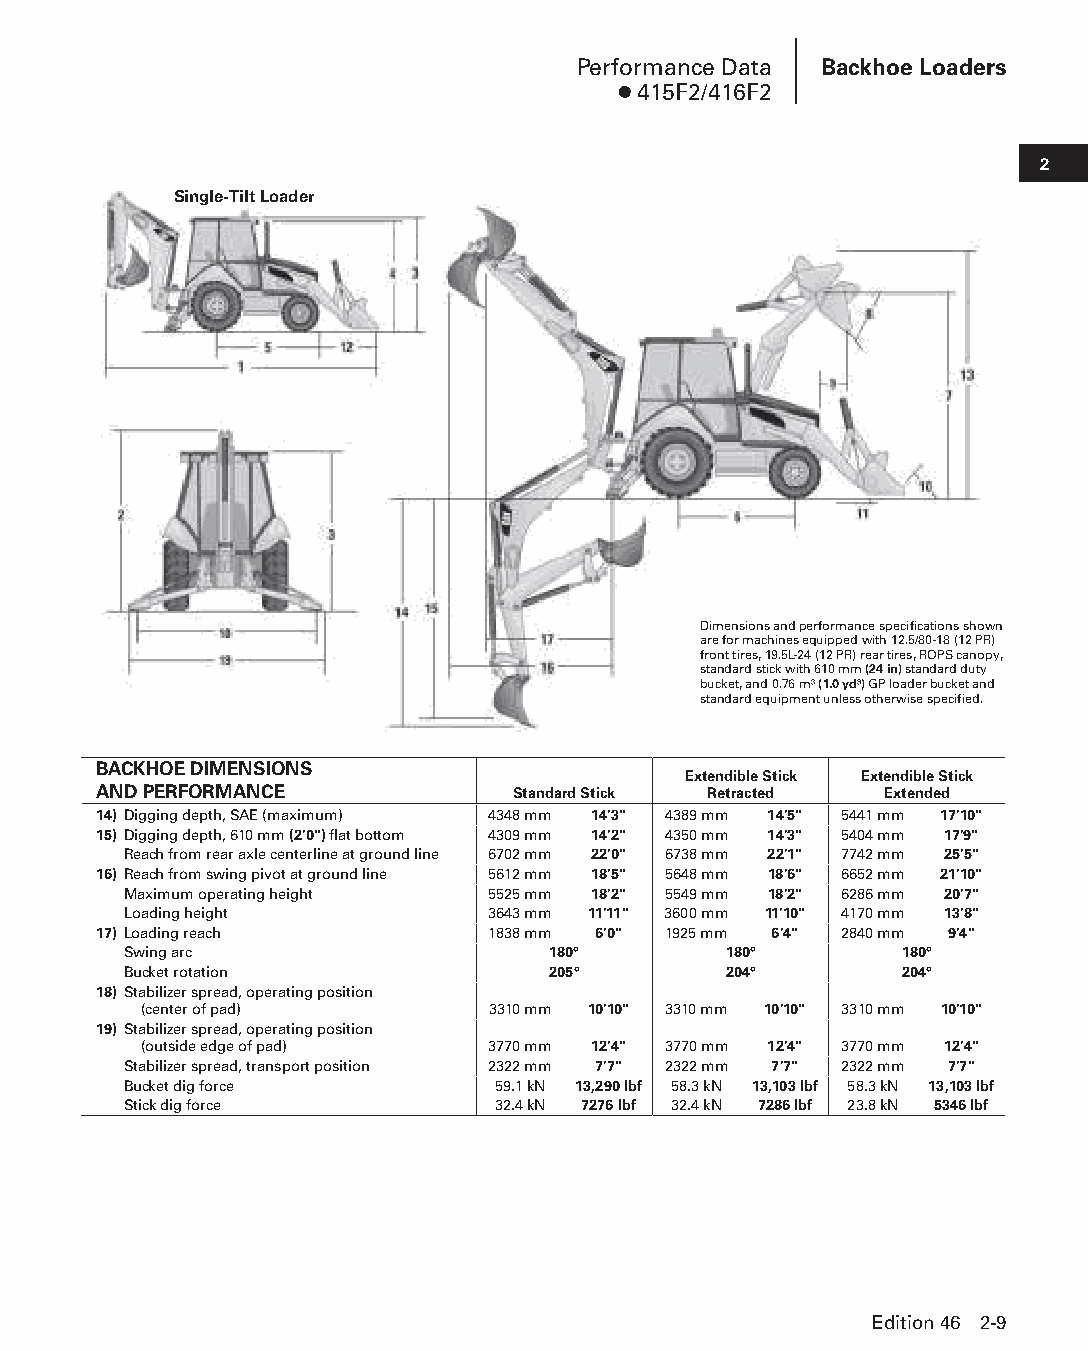
Performance Data Backhoe Loaders
 ● 415F2/416F2
 2
 Single-Tilt Loader
 Dimensions and performance specifications shown
 are for machines equipped with 12.5/80-18 (12 PR)
 front tires, 19.5L-24 (12 PR) rear tires, ROPS canopy,
 standard stick with 610 mm (24 in) standard duty
 bucket, and 0.76 m3 (1.0 yd3) GP loader bucket and
 standard equipment unless otherwise specified.
 BACKHOE DIMENSIONS
 Extendible Stick Extendible Stick
 AND PERFORMANCE            Standard Stick Retracted Extended
 14) Digging depth, SAE (maximum) 4348 mm 14'3" 4389 mm 14'5" 5441 mm 17'10"
 15) Digging depth, 610 mm (2'0") flat bottom 4309 mm 14'2" 4350 mm 14'3" 5404 mm 17'9"
 Reach from rear axle centerline at ground line 6702 mm 22'0" 6738 mm 22'1" 7742 mm 25'5"
 16) Reach from swing pivot at ground line 5612 mm 18'5" 5648 mm 18'6" 6652 mm 21'10"
 Maximum operating height 5525 mm 18'2" 5549 mm 18'2" 6286 mm 20'7"
 Loading height          3643 mm 11'11" 3600 mm 11'10" 4170 mm 13'8"
 17) Loading reach         1838 mm 6'0" 1925 mm 6'4" 2840 mm 9'4"
 Swing arc                   180°       180°        180°
 Bucket rotation             205°       204°        204°
 18) Stabilizer spread, operating position
 (center of pad)        3310 mm 10'10" 3310 mm 10'10" 3310 mm 10'10"
 19) Stabilizer spread, operating position
 (outside edge of pad)  3770 mm 12'4" 3770 mm 12'4" 3770 mm 12'4"
 Stabilizer spread, transport position 2322 mm 7'7" 2322 mm 7'7" 2322 mm 7'7"
 Bucket dig force        59.1 kN 13,290 lbf 58.3 kN 13,103 lbf 58.3 kN 13,103 lbf
 Stick dig force         32.4 kN 7276 lbf 32.4 kN 7286 lbf 23.8 kN 5346 lbf
 Edition 46 2-9
 PPHHBB--SSeecc0022--1166..iinndddd 99                          1122//44//1155 1100::2255 AAMM